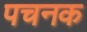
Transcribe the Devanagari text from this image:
पचनक